Indian journal of veterinary science and animal husbandry - Volumes 18-21, 1948-1951
Year: 1948
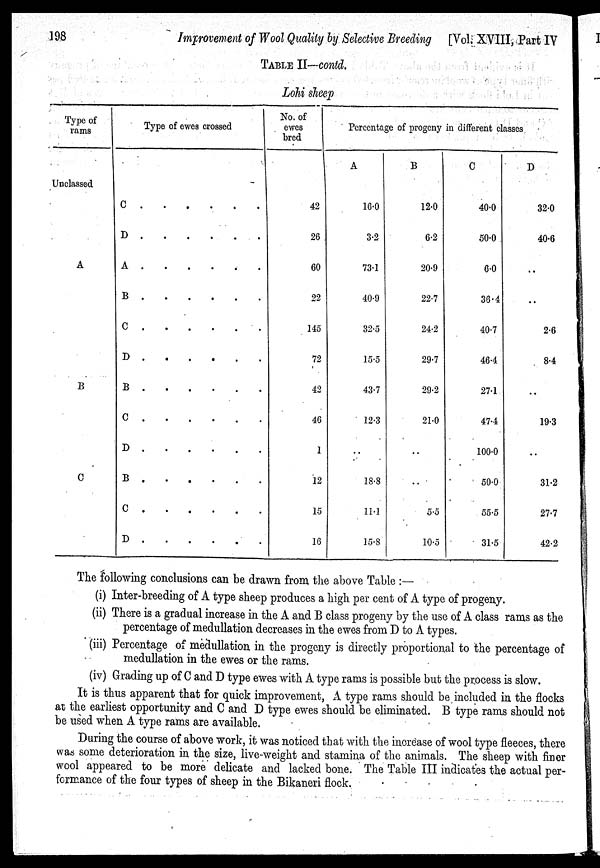
198
Improvement of Wool Quality by Selective Breeding [Vol. XVIII, Part IV
TABLE II—contd.
Lohi sheep
Type of
rams
Unclassed
A
B
C
Type of ewes crossed
C
D
A
B
C
.
D
B
C
D
B
C
D
No. of
ewes
bred
42
26
60
22
145
72
42
46
1
12
15
16
Percentage of progency in different classes
A
16.0
3.2
73.1
40.9
32.5
15.5
43.7
12.3
..
18.8
11.1
15.8
B
12.0
6.2
20.9
22.7
24.2
29.7
29.2
21.0
..
..
5.5
10.5
C
40.0
50.0
6.0
36.4
40.7
46.4
27.1
474
100.0
50.0
55.5
31.5
D
32.0
40.6
..
..
2.6
8.4
..
19.3
..
31.2
27.7
42.2
The following conclusions can be drawn from the above Table :—
(i) Inter-breeding of A type sheep produces a high per cent of A type of progeny.
(ii) There is a gradual increase in the A and B class progeny by the use of A class rams as the
percentage of medullation decreases in the ewes from D to A types.
(iii) Percentage of medullation in the progeny is directly proportional to the percentage of
medullation in the ewes or the rams.
(iv) Grading up of C and D type ewes with A type rams is possible but the process is slow.
It is thus apparent that for quick improvement, A type rams should be included in the flocks
at the earliest opportunity and C and D type ewes should be eliminated. B type rams should not
be used when A type rams are available.
During the course of above work, it was noticed that with the increase of wool type fleeces, there
was some deterioration in the size, live-weight and stamina of the animals. The sheep with finer
wool appeared to be more delicate and lacked bone. The Table III indicates the actual per-
formance of the four types of sheep in the Bikaneri flock.